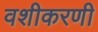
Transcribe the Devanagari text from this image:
वशीकरणी